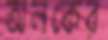
অলকের